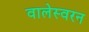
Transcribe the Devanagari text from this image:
वालेस्वरन